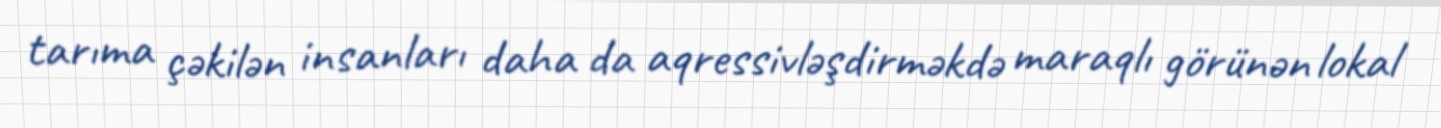
tarıma çəkilən insanları daha da aqressivləşdirməkdə maraqlı görünən lokal